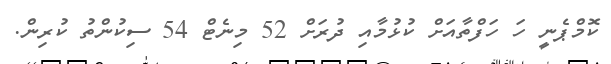
ކޮމްޕެނީ ހަ ހަފްތާއަށް ކުޅުމާއި ދުރަށް 52 މިނެޓް 54 ސިކުންތު ކުރިން.